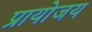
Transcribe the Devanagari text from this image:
प्रायोजय